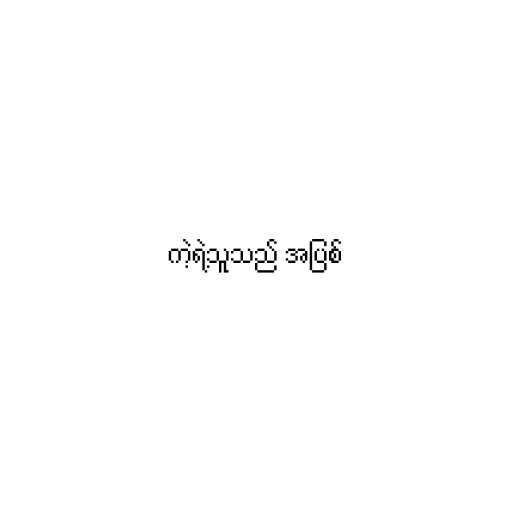
ကဲ့ရဲ့သူသည် အပြစ်